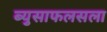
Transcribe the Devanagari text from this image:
ब्युसाफलसला